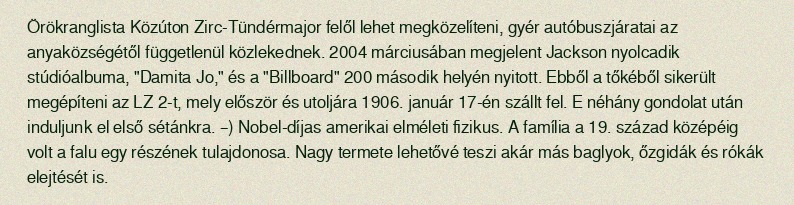
Örökranglista Közúton Zirc-Tündérmajor felől lehet megközelíteni, gyér autóbuszjáratai az anyaközségétől függetlenül közlekednek. 2004 márciusában megjelent Jackson nyolcadik stúdióalbuma, "Damita Jo," és a "Billboard" 200 második helyén nyitott. Ebből a tőkéből sikerült megépíteni az LZ 2-t, mely először és utoljára 1906. január 17-én szállt fel. E néhány gondolat után induljunk el első sétánkra. –) Nobel-díjas amerikai elméleti fizikus. A família a 19. század középéig volt a falu egy részének tulajdonosa. Nagy termete lehetővé teszi akár más baglyok, őzgidák és rókák elejtését is.